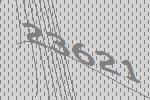
23621